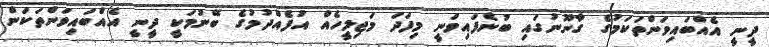
ދީނީ އެއްބައިވަންތަކަމުގެ ގާނޫނުގައި ބުނެފައިވަނީ މިފަދަ މަޖިލީހެއް އުފެއްދުމުގެ ބޭނުމަކީ ދީނީ އެއްބައިވަންތަކަން